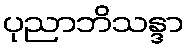
ပုညာဘိသန္ဒာ